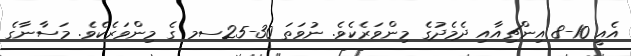
އެއީ 10-8 އިންޗިއާއި ދެމެދުގެ މިންވަރެކެވެ. ނުވަތަ 30-25ސމ ގެ މިންވަރެކެވެ. މަސާނާގެ